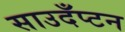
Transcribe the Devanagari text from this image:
साउदँप्टन